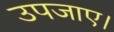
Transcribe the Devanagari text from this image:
उपजाए।